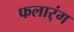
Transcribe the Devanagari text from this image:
फलार्ंग